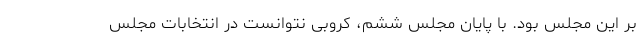
بر این مجلس بود. با پایان مجلس ششم، کروبی نتوانست در انتخابات مجلس